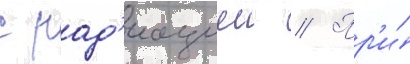
с рад'иациеи // Пр'и́